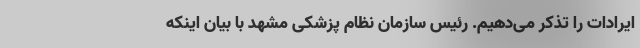
ایرادات را تذکر می‌دهیم. رئیس سازمان نظام پزشکی مشهد با بیان اینکه